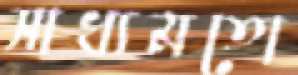
সাধ্যমতো